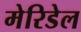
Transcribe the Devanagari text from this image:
मेरिडेल